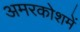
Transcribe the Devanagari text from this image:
अमरकोशमें